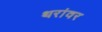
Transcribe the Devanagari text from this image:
थरांवर